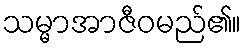
သမ္မာအာဇီဝမည်၏။